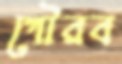
গৌরব